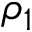
\rho _ { 1 }